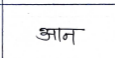
मजकूर: आन